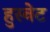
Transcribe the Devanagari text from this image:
हुस्वेट